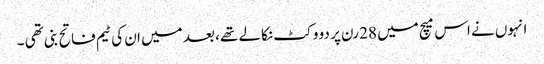
انہوں نے اس میچ میں 28 رن پر دو وکٹ نکالے تھے ، بعد میں ان کی ٹیم فاتح بنی تھی ۔